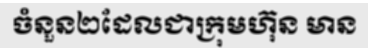
ចំនួន២ដែលជាក្រុមហ៊ុន មាន